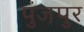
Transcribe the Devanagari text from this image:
पुंजपुर